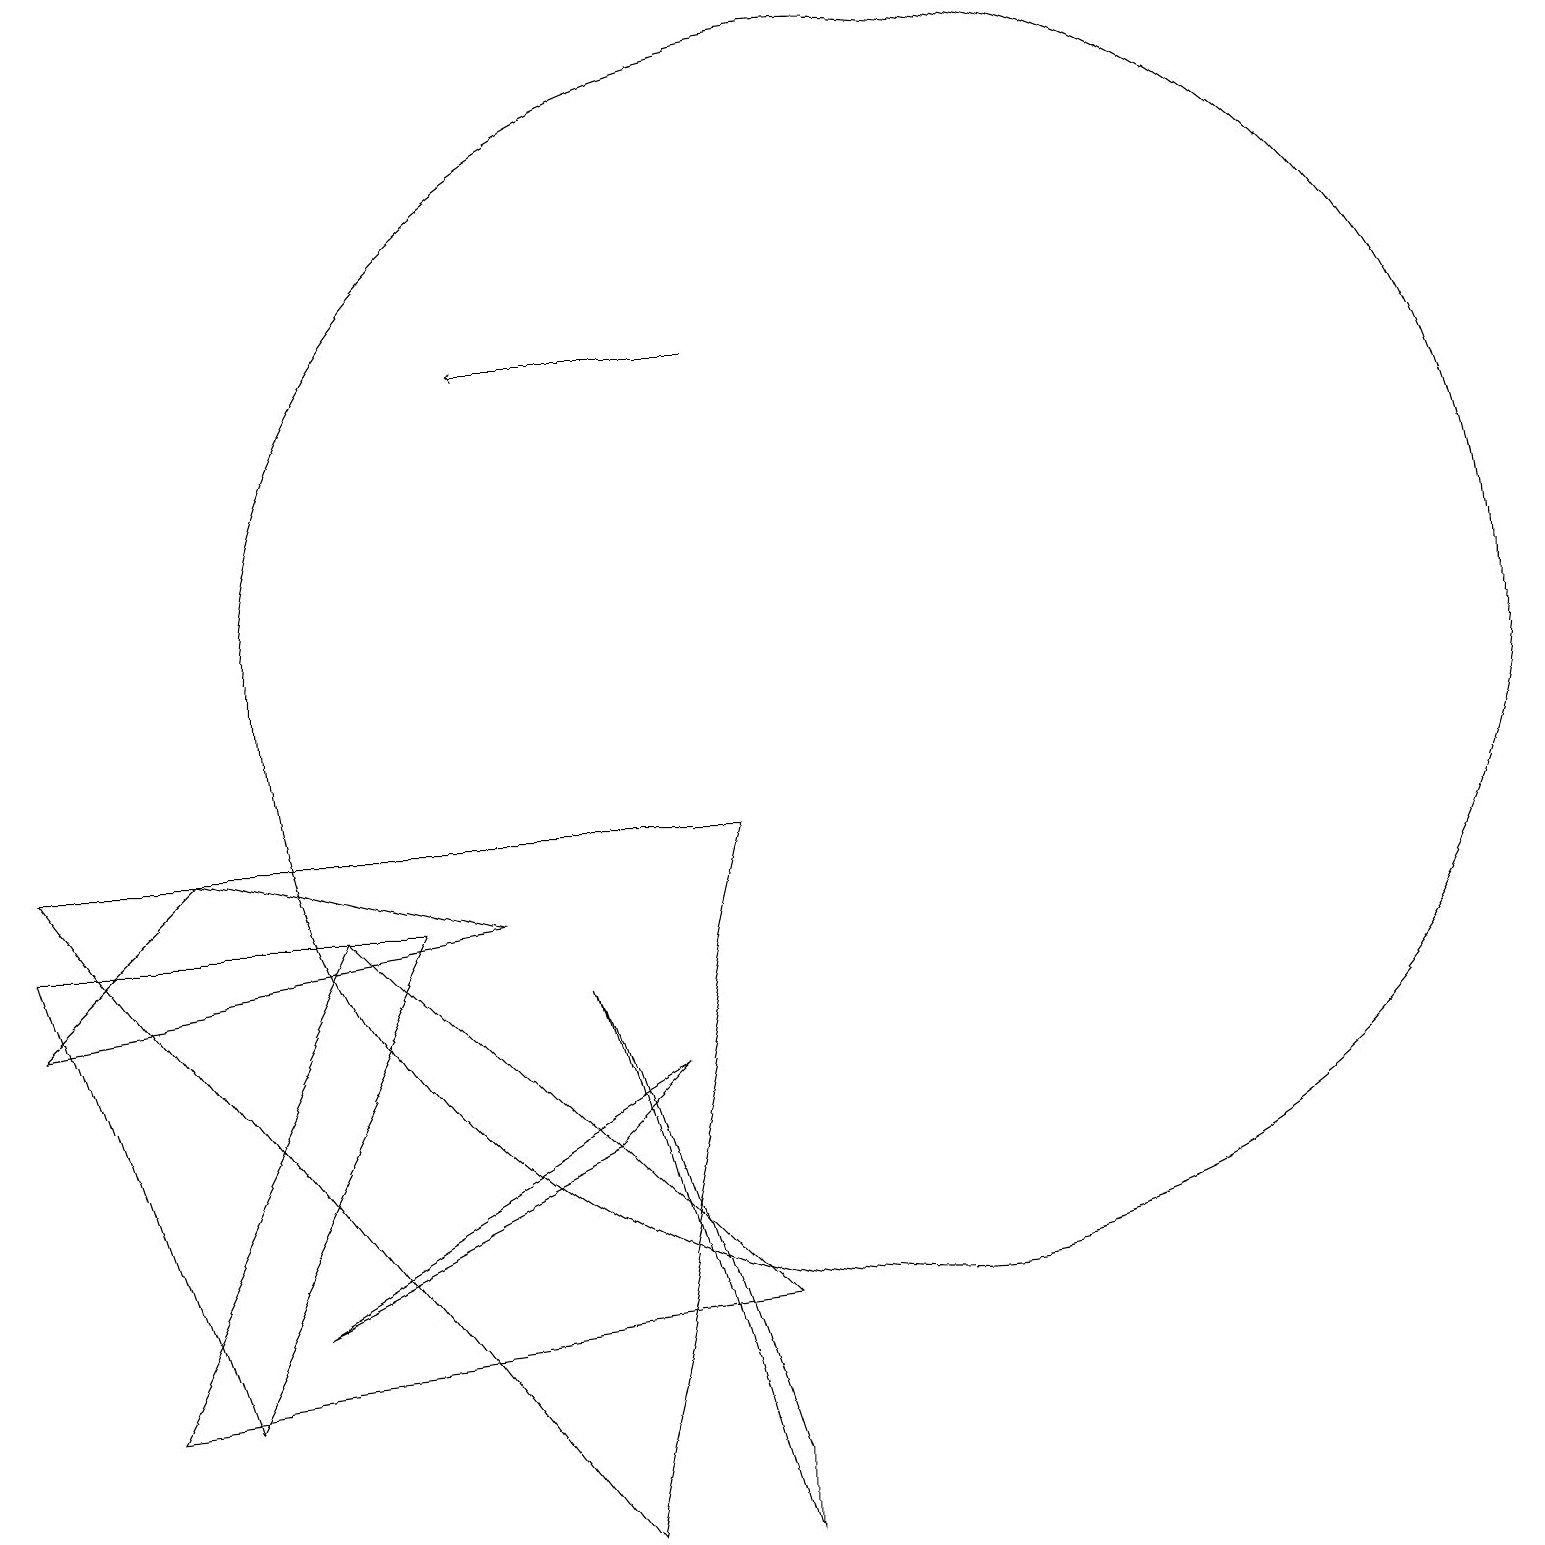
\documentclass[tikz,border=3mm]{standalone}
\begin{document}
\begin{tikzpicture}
\draw (11,11) circle (8);
\draw (9,1) -- (9,0) -- (7,7) -- cycle;
\draw (2,9) -- (0,7) -- (6,8) -- cycle;
\draw (5,8) -- (0,8) -- (2,2) -- cycle;
\draw[->] (9,15) -- (6,15);
\draw (7,5) -- (3,3) -- (8,6) -- cycle;
\draw (1,2) -- (9,3) -- (4,8) -- cycle;
\draw (9,9) -- (7,0) -- (0,9) -- cycle;
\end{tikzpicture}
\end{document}